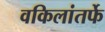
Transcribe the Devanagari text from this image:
वकिलांतर्फे